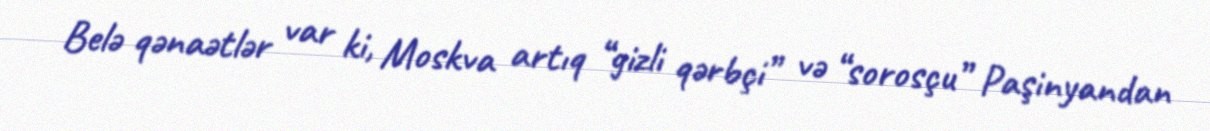
Belə qənaətlər var ki, Moskva artıq “gizli qərbçi” və “sorosçu” Paşinyandan